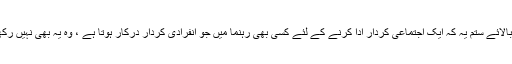
ستم بالائے ستم یہ کہ ایک اجتماعی کردار ادا کرنے کے لئے کسی بھی رہنما میں جو انفرادی کردار درکار ہوتا ہے ، وہ یہ بھی نہیں رکھتے۔